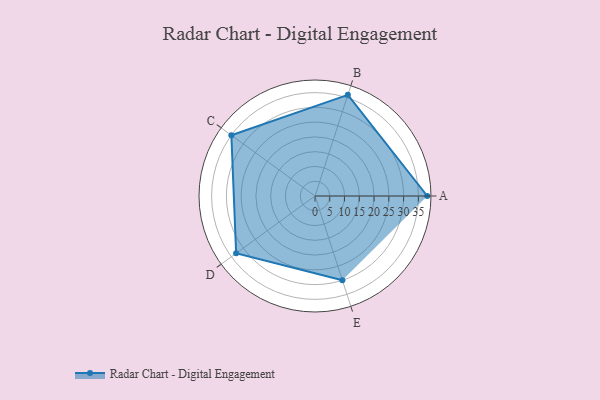
{"axis": {"x": "Skill", "y": "Score"}, "legend": ["Profile"], "data": [{"x": "A", "y": 38.0, "type": "Profile"}, {"x": "B", "y": 36.0, "type": "Profile"}, {"x": "C", "y": 35.0, "type": "Profile"}, {"x": "D", "y": 33.0, "type": "Profile"}, {"x": "E", "y": 30.0, "type": "Profile"}]}